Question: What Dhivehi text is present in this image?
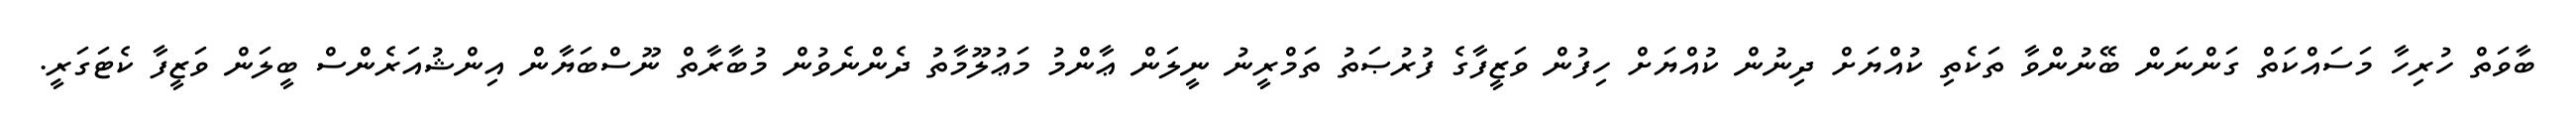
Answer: ބާވަތް ހުރިހާ މަސައްކަތް ގަންނަން ބޭނުންވާ ތަކެތި ކުއްޔަށް ދިނުން ކުއްޔަށް ހިފުން ވަޒީފާގެ ފުރުޞަތު ތަމްރީނު ނީލަން ޢާންމު މަޢުލޫމާތު ދެންނެވުން މުބާރާތް ނޫސްބަޔާން އިންޝުއަރެންސް ބީލަން ވަޒީފާ ކެޓަގަރީ.